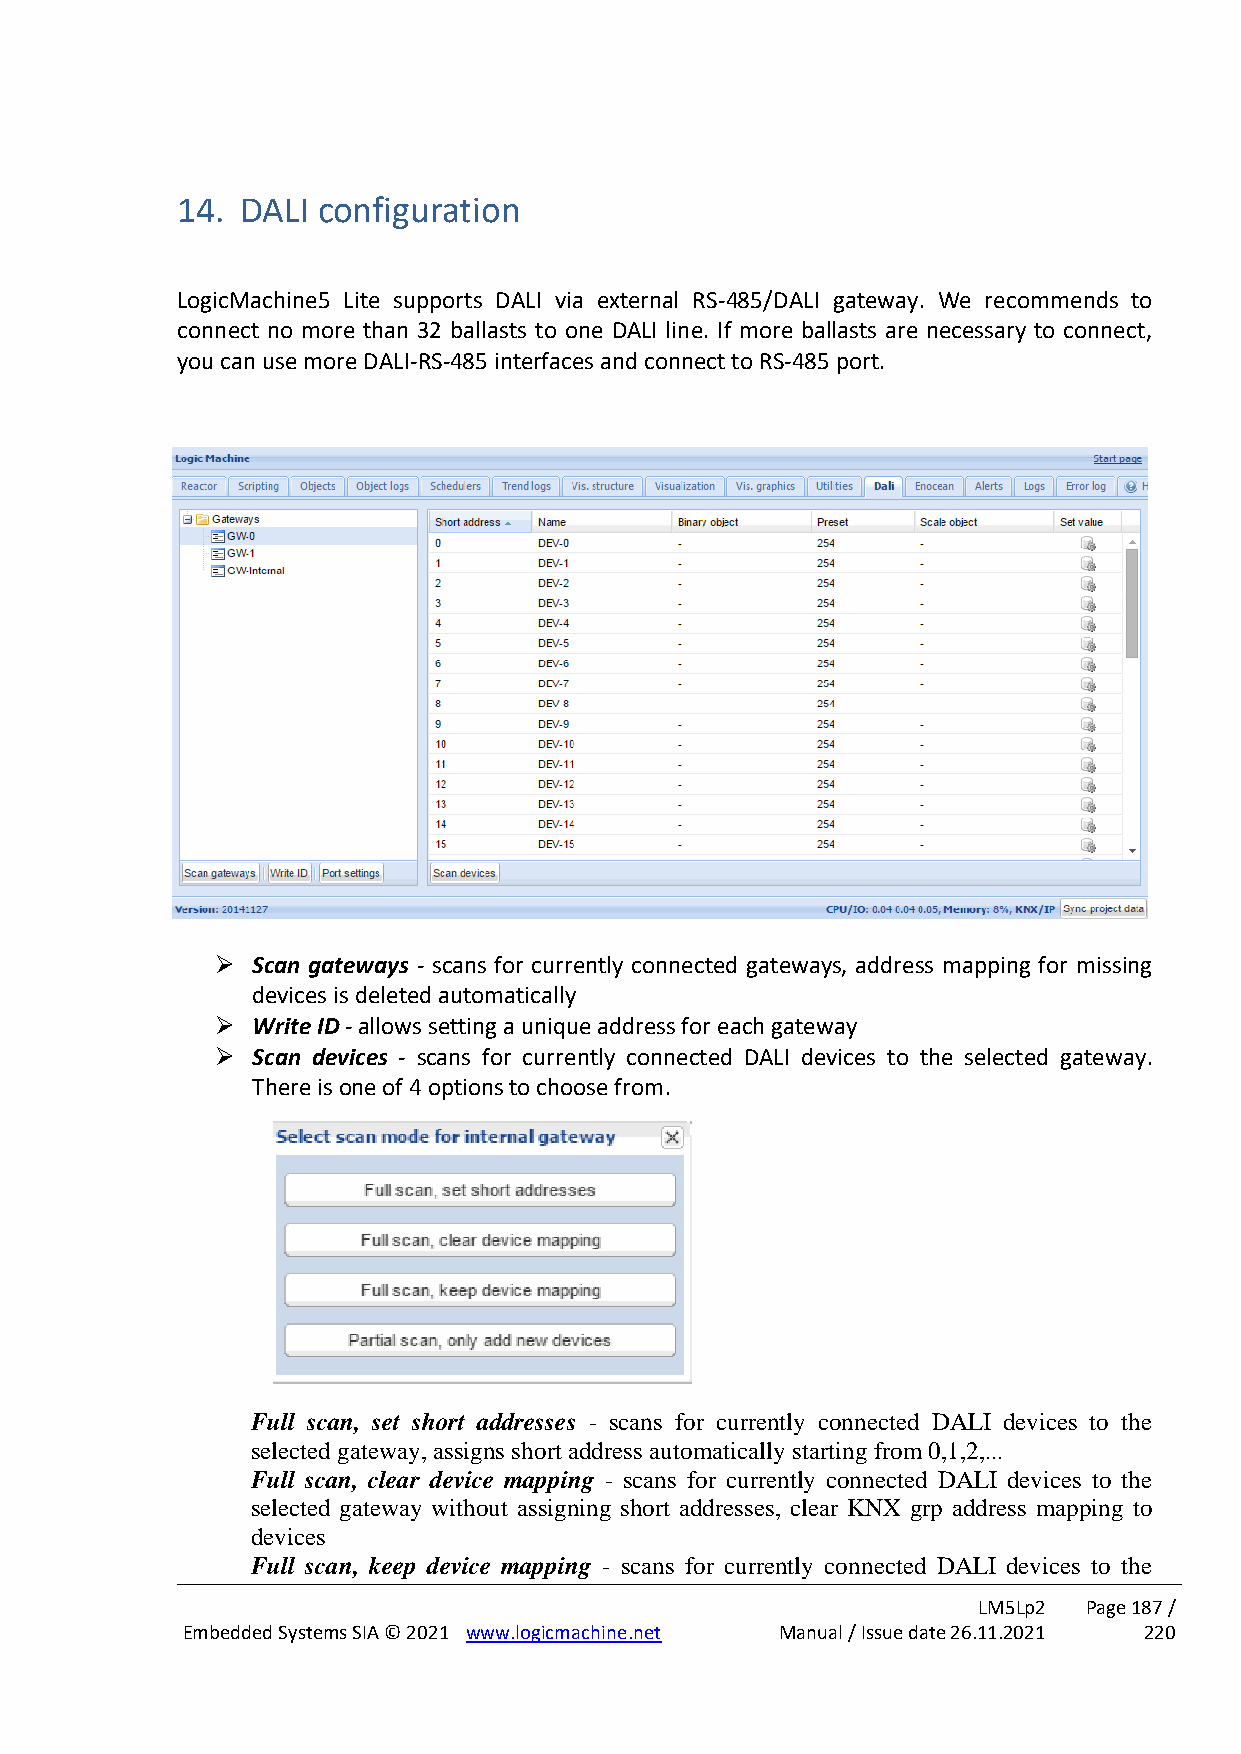
14. DALI configuration
 LogicMachine5 Lite supports DALI via external RS-485/DALI gateway. We recommends to
 connect no more than 32 ballasts to one DALI line. If more ballasts are necessary to connect,
 you can use more DALI-RS-485 interfaces and connect to RS-485 port.
 ➢  Scan gateways - scans for currently connected gateways, address mapping for missing
 devices is deleted automatically
 ➢  Write ID - allows setting a unique address for each gateway
 ➢  Scan devices - scans for currently connected DALI devices to the selected gateway.
 There is one of 4 options to choose from.
 Full scan, set short addresses - scans for currently connected DALI devices to the
 selected gateway, assigns short address automatically starting from 0,1,2,...
 Full scan, clear device mapping - scans for currently connected DALI devices to the
 selected gateway without assigning short addresses, clear KNX grp address mapping to
 devices
 Full scan, keep device mapping - scans for currently connected DALI devices to the
 LM5Lp2 Page 187 /
 Embedded Systems SIA © 2021 www.logicmachine.net Manual / Issue date 26.11.2021 220